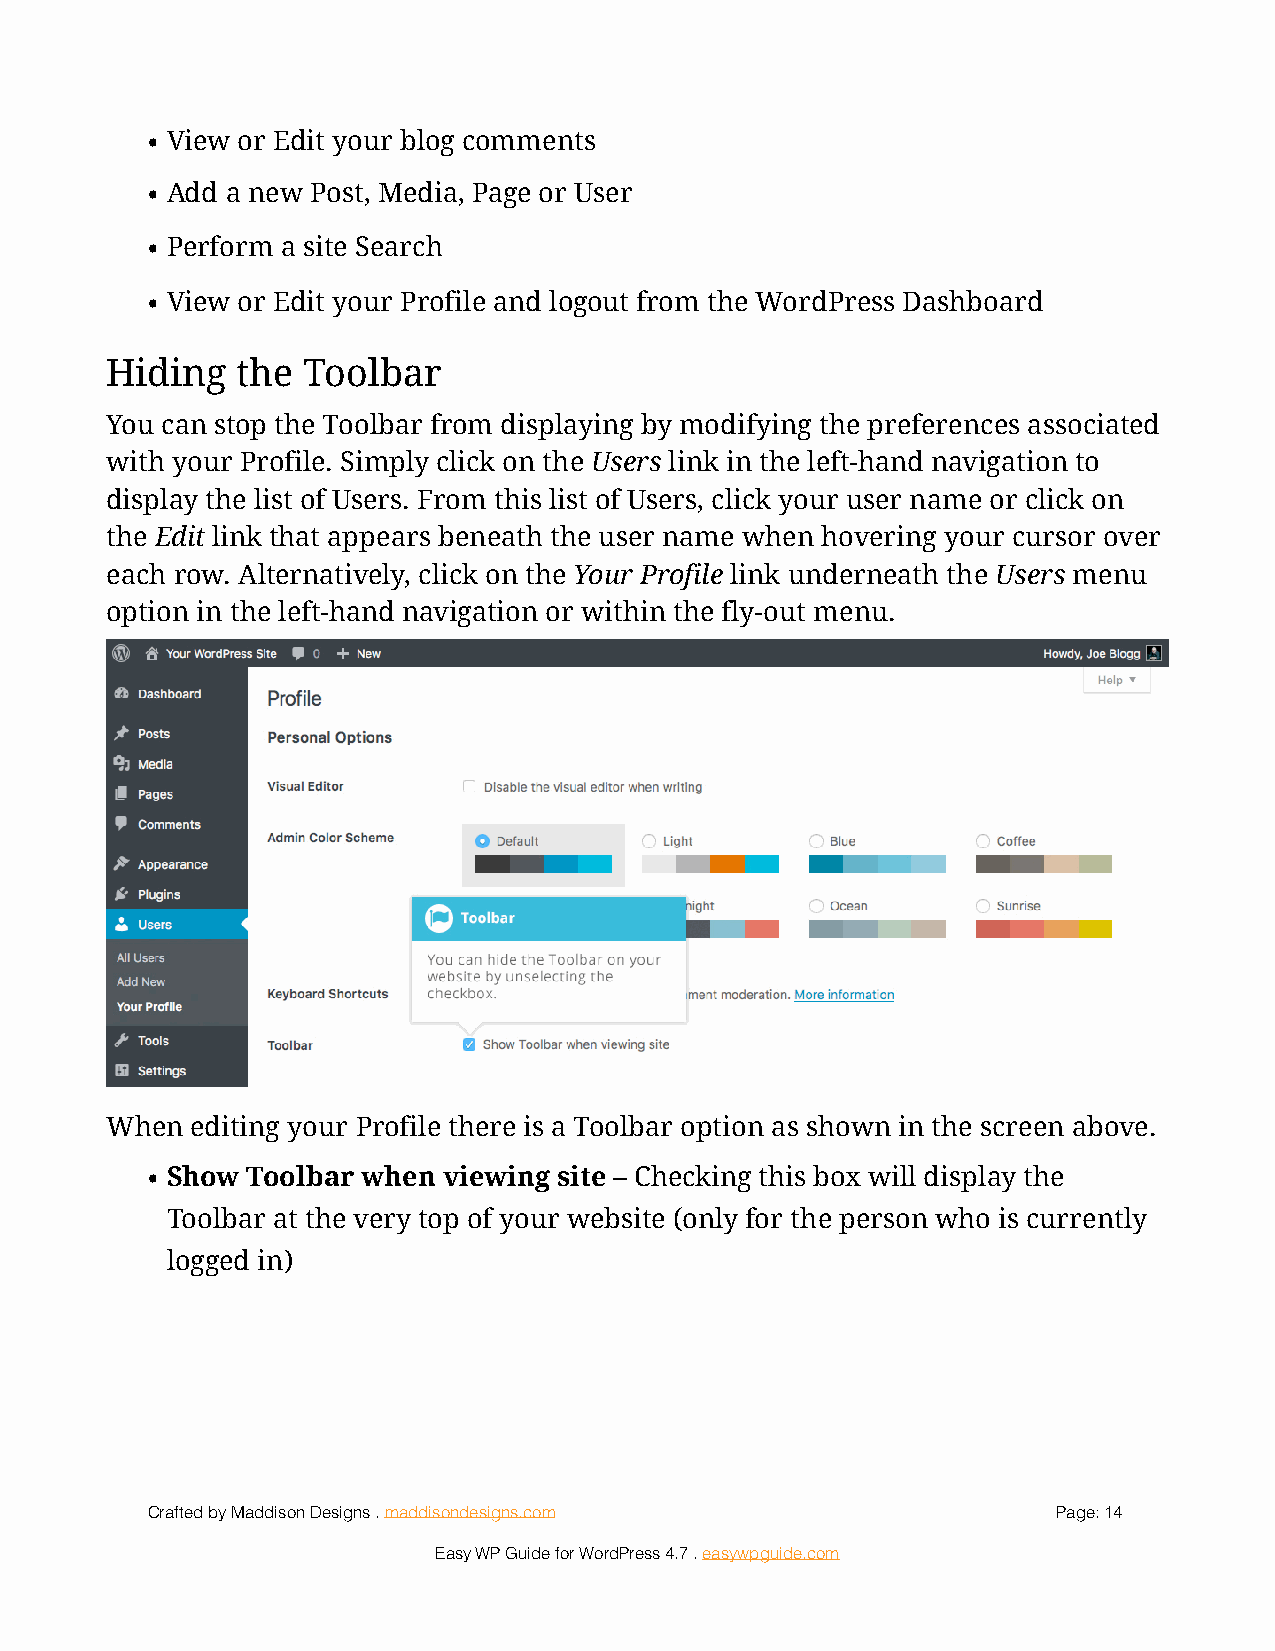
• View or Edit your blog comments
 • Add a new Post, Media, Page or User
 • Perform a site Search
 • View or Edit your Profile and logout from the WordPress Dashboard
 Hiding   the Toolbar
 You can stop the Toolbar from displaying by modifying the preferences associated
 with your Profile. Simply click on the Users link in the left-hand navigation to
 display the list of Users. From this list of Users, click your user name or click on
 the Edit link that appears beneath the user name when hovering your cursor over
 each row. Alternatively, click on the Your Profile link underneath the Users menu
 option in the left-hand navigation or within the fly-out menu.
 !
 When  editing your Profile there is a Toolbar option as shown in the screen above.
 • Show Toolbar when viewing site – Checking this box will display the
 Toolbar at the very top of your website (only for the person who is currently
 logged in)
 Crafted by Maddison Designs . maddisondesigns.com           Page: 1 4
 Easy WP Guide for WordPress 4.7 . easywpguide.com